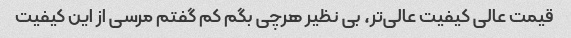
قیمت عالی کیفیت عالی‌تر، بی نظیر هرچی بگم کم گفتم مرسی از این کیفیت